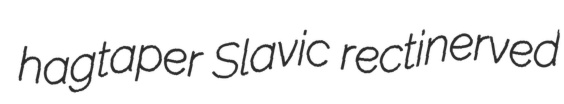
hagtaper Slavic rectinerved